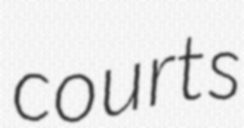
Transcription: courts